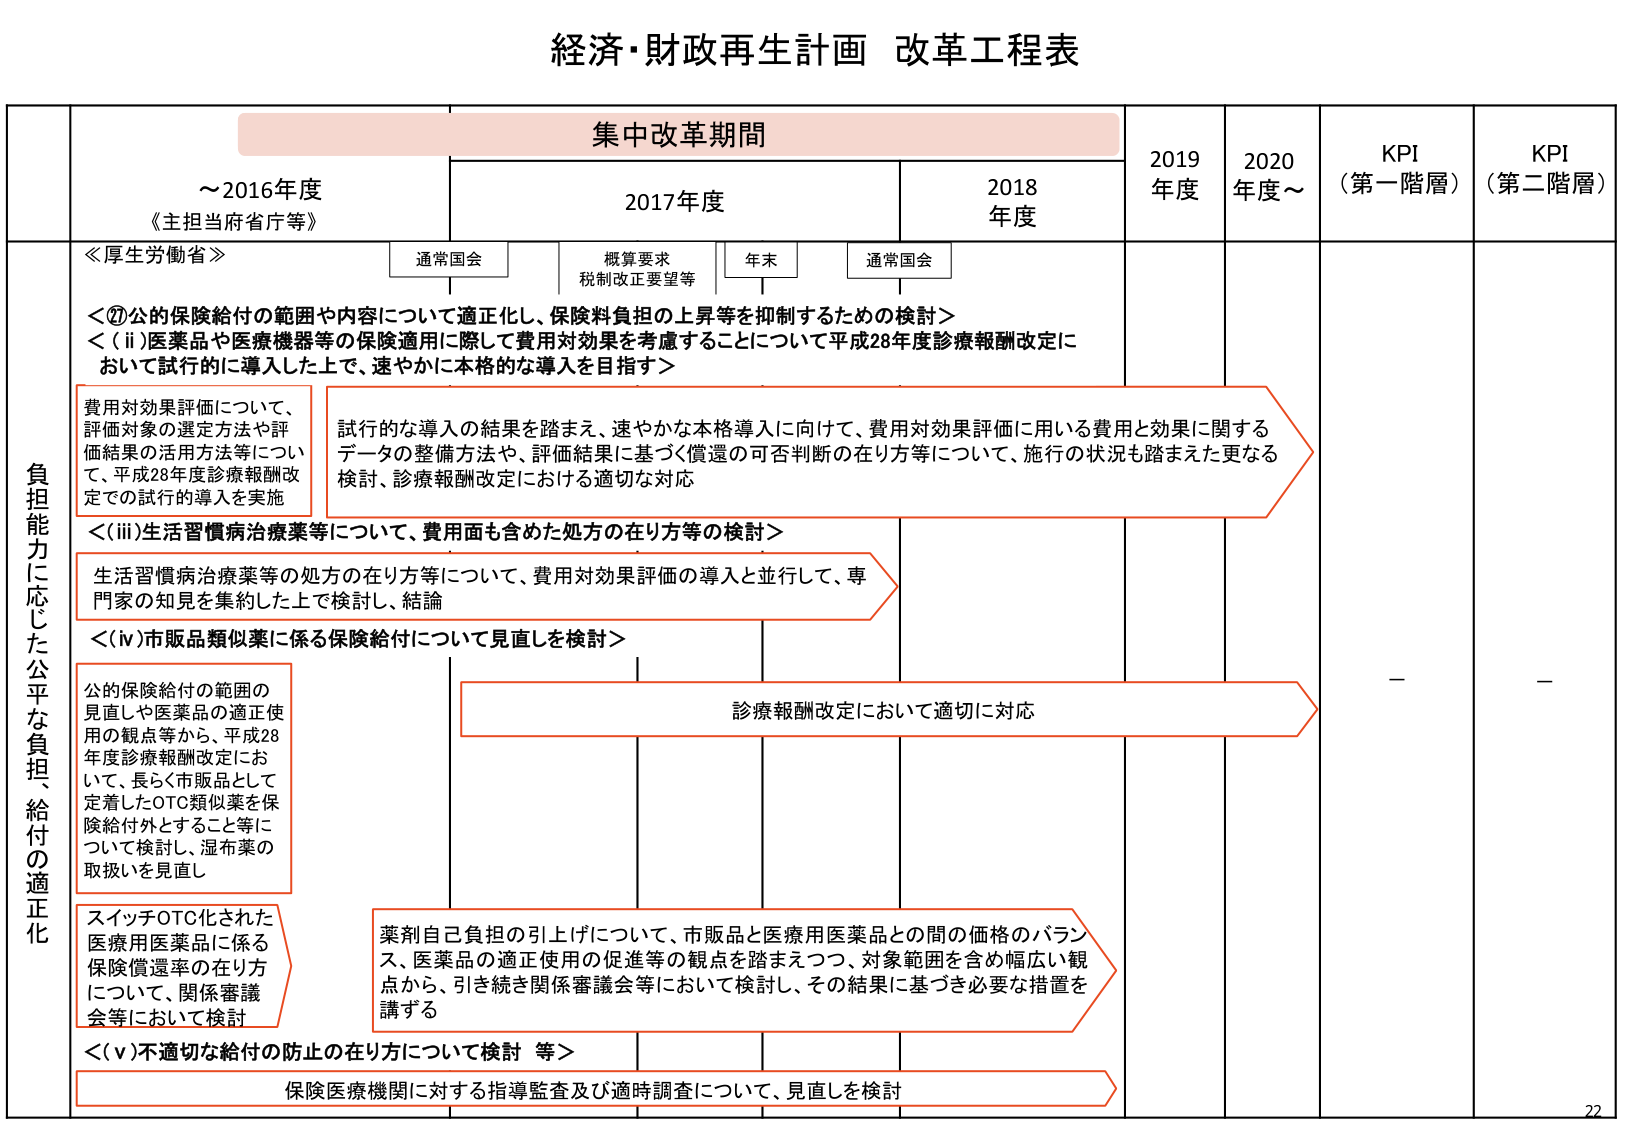
経済・財政再生計画 改革工程表

集中改革期間

～2016年度
《主担当府省庁等》

2017年度

2018年度

2019年度

2020年度～

KPI（第一階層）

KPI（第二階層）

≪厚生労働省≫

通常国会

概算要求
税制改正要望等

年末

通常国会

負担能力に応じた公平な負担、給付の適正化

＜⑦公的保険給付の範囲や内容について適正化し、保険料負担の上昇等を抑制するための検討＞
＜(i)医薬品や医療機器等の保険適用に際して費用対効果を考慮することについて平成28年度診療報酬改定において試行的に導入した上で、速やかに本格的な導入を目指す＞

費用対効果評価について、
評価対象の選定方法や評価結果の活用方法等について、平成28年度診療報酬改定での試行的導入を実施

試行的な導入の結果を踏まえ、速やかな本格導入に向けて、費用対効果評価に用いる費用と効果に関するデータの整備方法や、評価結果に基づく償還の可否判断の在り方等について、施行の状況も踏まえた更なる検討、診療報酬改定における適切な対応

＜(ii)生活習慣病治療薬等について、費用面も含めた処方の在り方等の検討＞

生活習慣病治療薬等の処方の在り方等について、費用対効果評価の導入と並行して、専門家の知見を集約した上で検討し、結論

＜(iv)市販品類似薬に係る保険給付について見直しを検討＞

公的保険給付の範囲の見直しや医薬品の適正使用の観点等から、平成28年度診療報酬改定において、長らく市販品として定着したOTC類似薬を保険給付外とすること等について検討し、湿布薬の取扱いを見直し

診療報酬改定において適切に対応

スイッチOTC化された医療用医薬品に係る保険償還率の在り方について、関係審議会等において検討

薬剤自己負担の引上げについて、市販品と医療用医薬品との間の価格のバランス、医薬品の適正使用の促進等の観点を踏まえつつ、対象範囲を含め幅広い観点から、引き続き関係審議会等において検討し、その結果に基づき必要な措置を講ずる

＜(v)不適切な給付の防止の在り方について検討 等＞

保険医療機関に対する指導監査及び適時調査について、見直しを検討

－

－

22